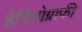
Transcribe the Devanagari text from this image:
हेगियोग्राफी